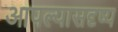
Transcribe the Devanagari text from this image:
आपल्यासदृष्य